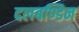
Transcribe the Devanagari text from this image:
दलबण्डिन